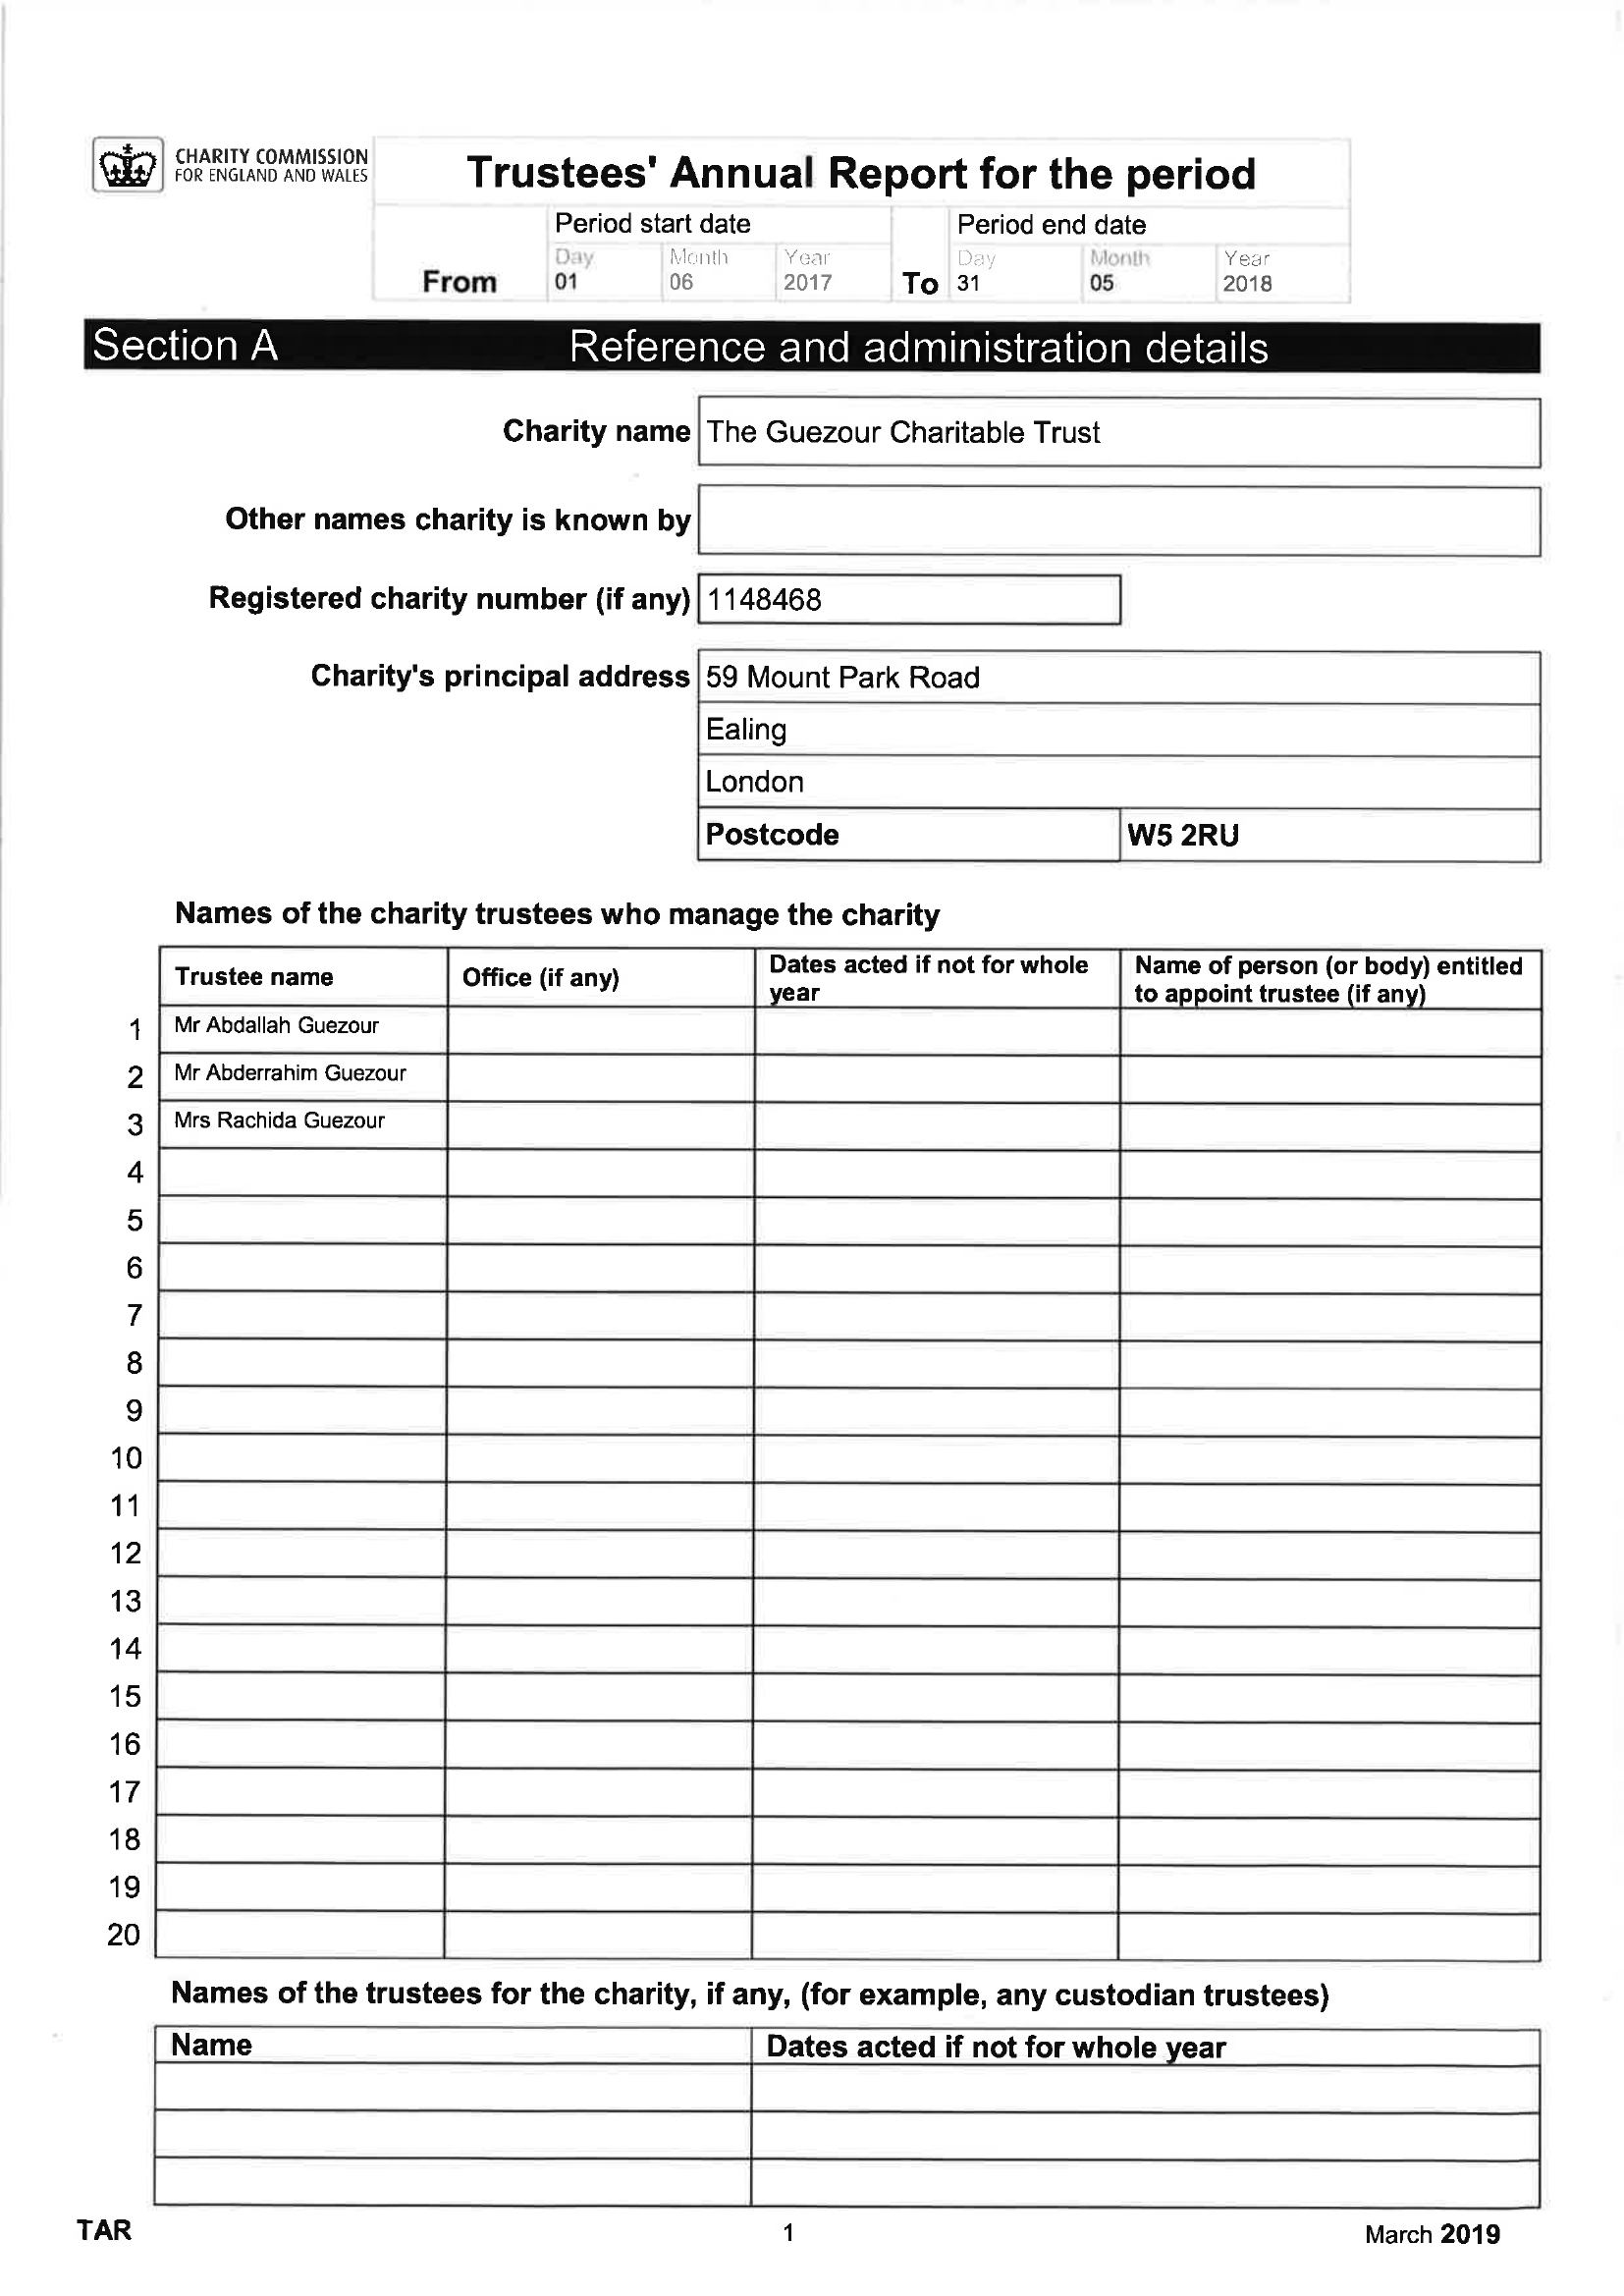
A0 A    Trustees'    Annual    Report   for the  period
     Period start date    Period end date
     )    Month  Yaar
     !
     Year
     From    01    06    2017   To 31    05    2018
     Section   A    Reference   and   administration   details
     Charity name | The Guezour Charitable Trust
     Other names charity is known by
     Registered charity number (if any)| 1148468
     59 Mount Park Road
     London
     Charity's principal address

     Postcode
     Names  of the charity trustees who manage the charity
     i
     e    —
     i    —
     Dates acted if not for whole Name of person (or body) entitled
     to appoint trustee (if an

     o Y] =

     Names  of the trustees for the charity, if any, (for example, any custodian trustees)
     Dates acted if not for whole year
     TAR    1    March 2019